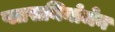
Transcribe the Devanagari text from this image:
प्लासमिनोजेन